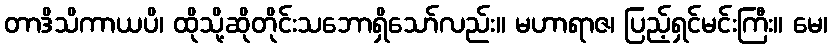
တာဒိသိကာယပိ၊ ထိုသို့ဆိုတိုင်းသဘောရှိသော်လည်း။ မဟာရာဇ၊ ပြည့်ရှင်မင်းကြီး။ မေ၊